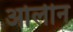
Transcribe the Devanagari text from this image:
ओर्लीन